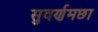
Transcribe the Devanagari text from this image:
सुवर्णमछा